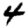
Digit: 4